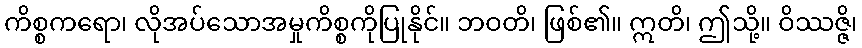
ကိစ္စကရော၊ လိုအပ်သောအမှုကိစ္စကိုပြုနိုင်။ ဘဝတိ၊ ဖြစ်၏။ ဣတိ၊ ဤသို့။ ဝိဿဇ္ဇိ၊